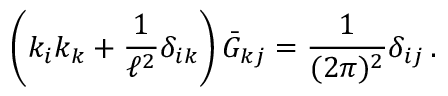
\left( k _ { i } k _ { k } + \frac 1 { \ell ^ { 2 } } \delta _ { i k } \right) \bar { G } _ { k j } = \frac { 1 } { ( 2 \pi ) ^ { 2 } } \delta _ { i j } \, .